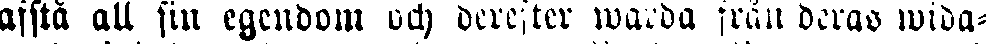
afstå all sin egendom och derefter warda från deras wida-